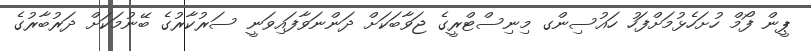
ޕީން ފޯމް ހުށަހެޅުމަށްފަހު ހައުސިންގ މިނިސްޓްރީގެ ޖަވާބަކަށް ދަންނަވާފައިވަނީ ސަރުކާރުގެ ބޭނުމަކަށް ދަރުބާރުގެ